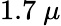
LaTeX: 1.7\ \mu